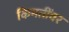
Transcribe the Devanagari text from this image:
किमतींवर